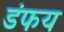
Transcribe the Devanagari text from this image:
डंफय